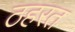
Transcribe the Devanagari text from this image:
ठहरत